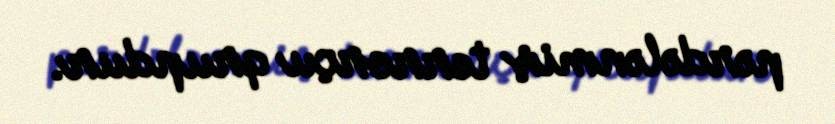
pərdələnmiş terrorçu qrupdur.